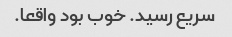
سریع رسید. خوب بود واقعا.